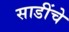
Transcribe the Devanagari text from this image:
साडींचे